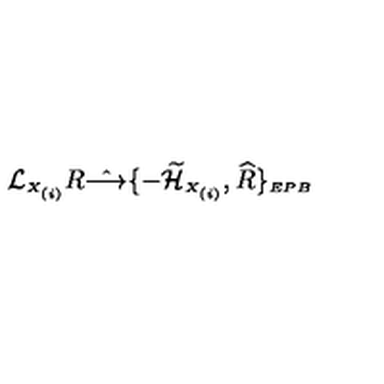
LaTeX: { \cal L } _ { \scriptscriptstyle X _ { ( i ) } } R \hat { \longrightarrow } \{ - \widetilde { \cal H } _ { \scriptscriptstyle X _ { ( i ) } } , \widehat { R } \} _ { \scriptscriptstyle E P B }